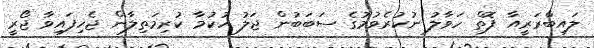
ލައިބްރަރީއާ ފޮތް ހަވާލު ނުކުރެވުމުގެ ސަބަބުން ޖަލު ހުކުމާ ކުރިމަތިލާން ޖެހިފައިވާ ޖޯރީ